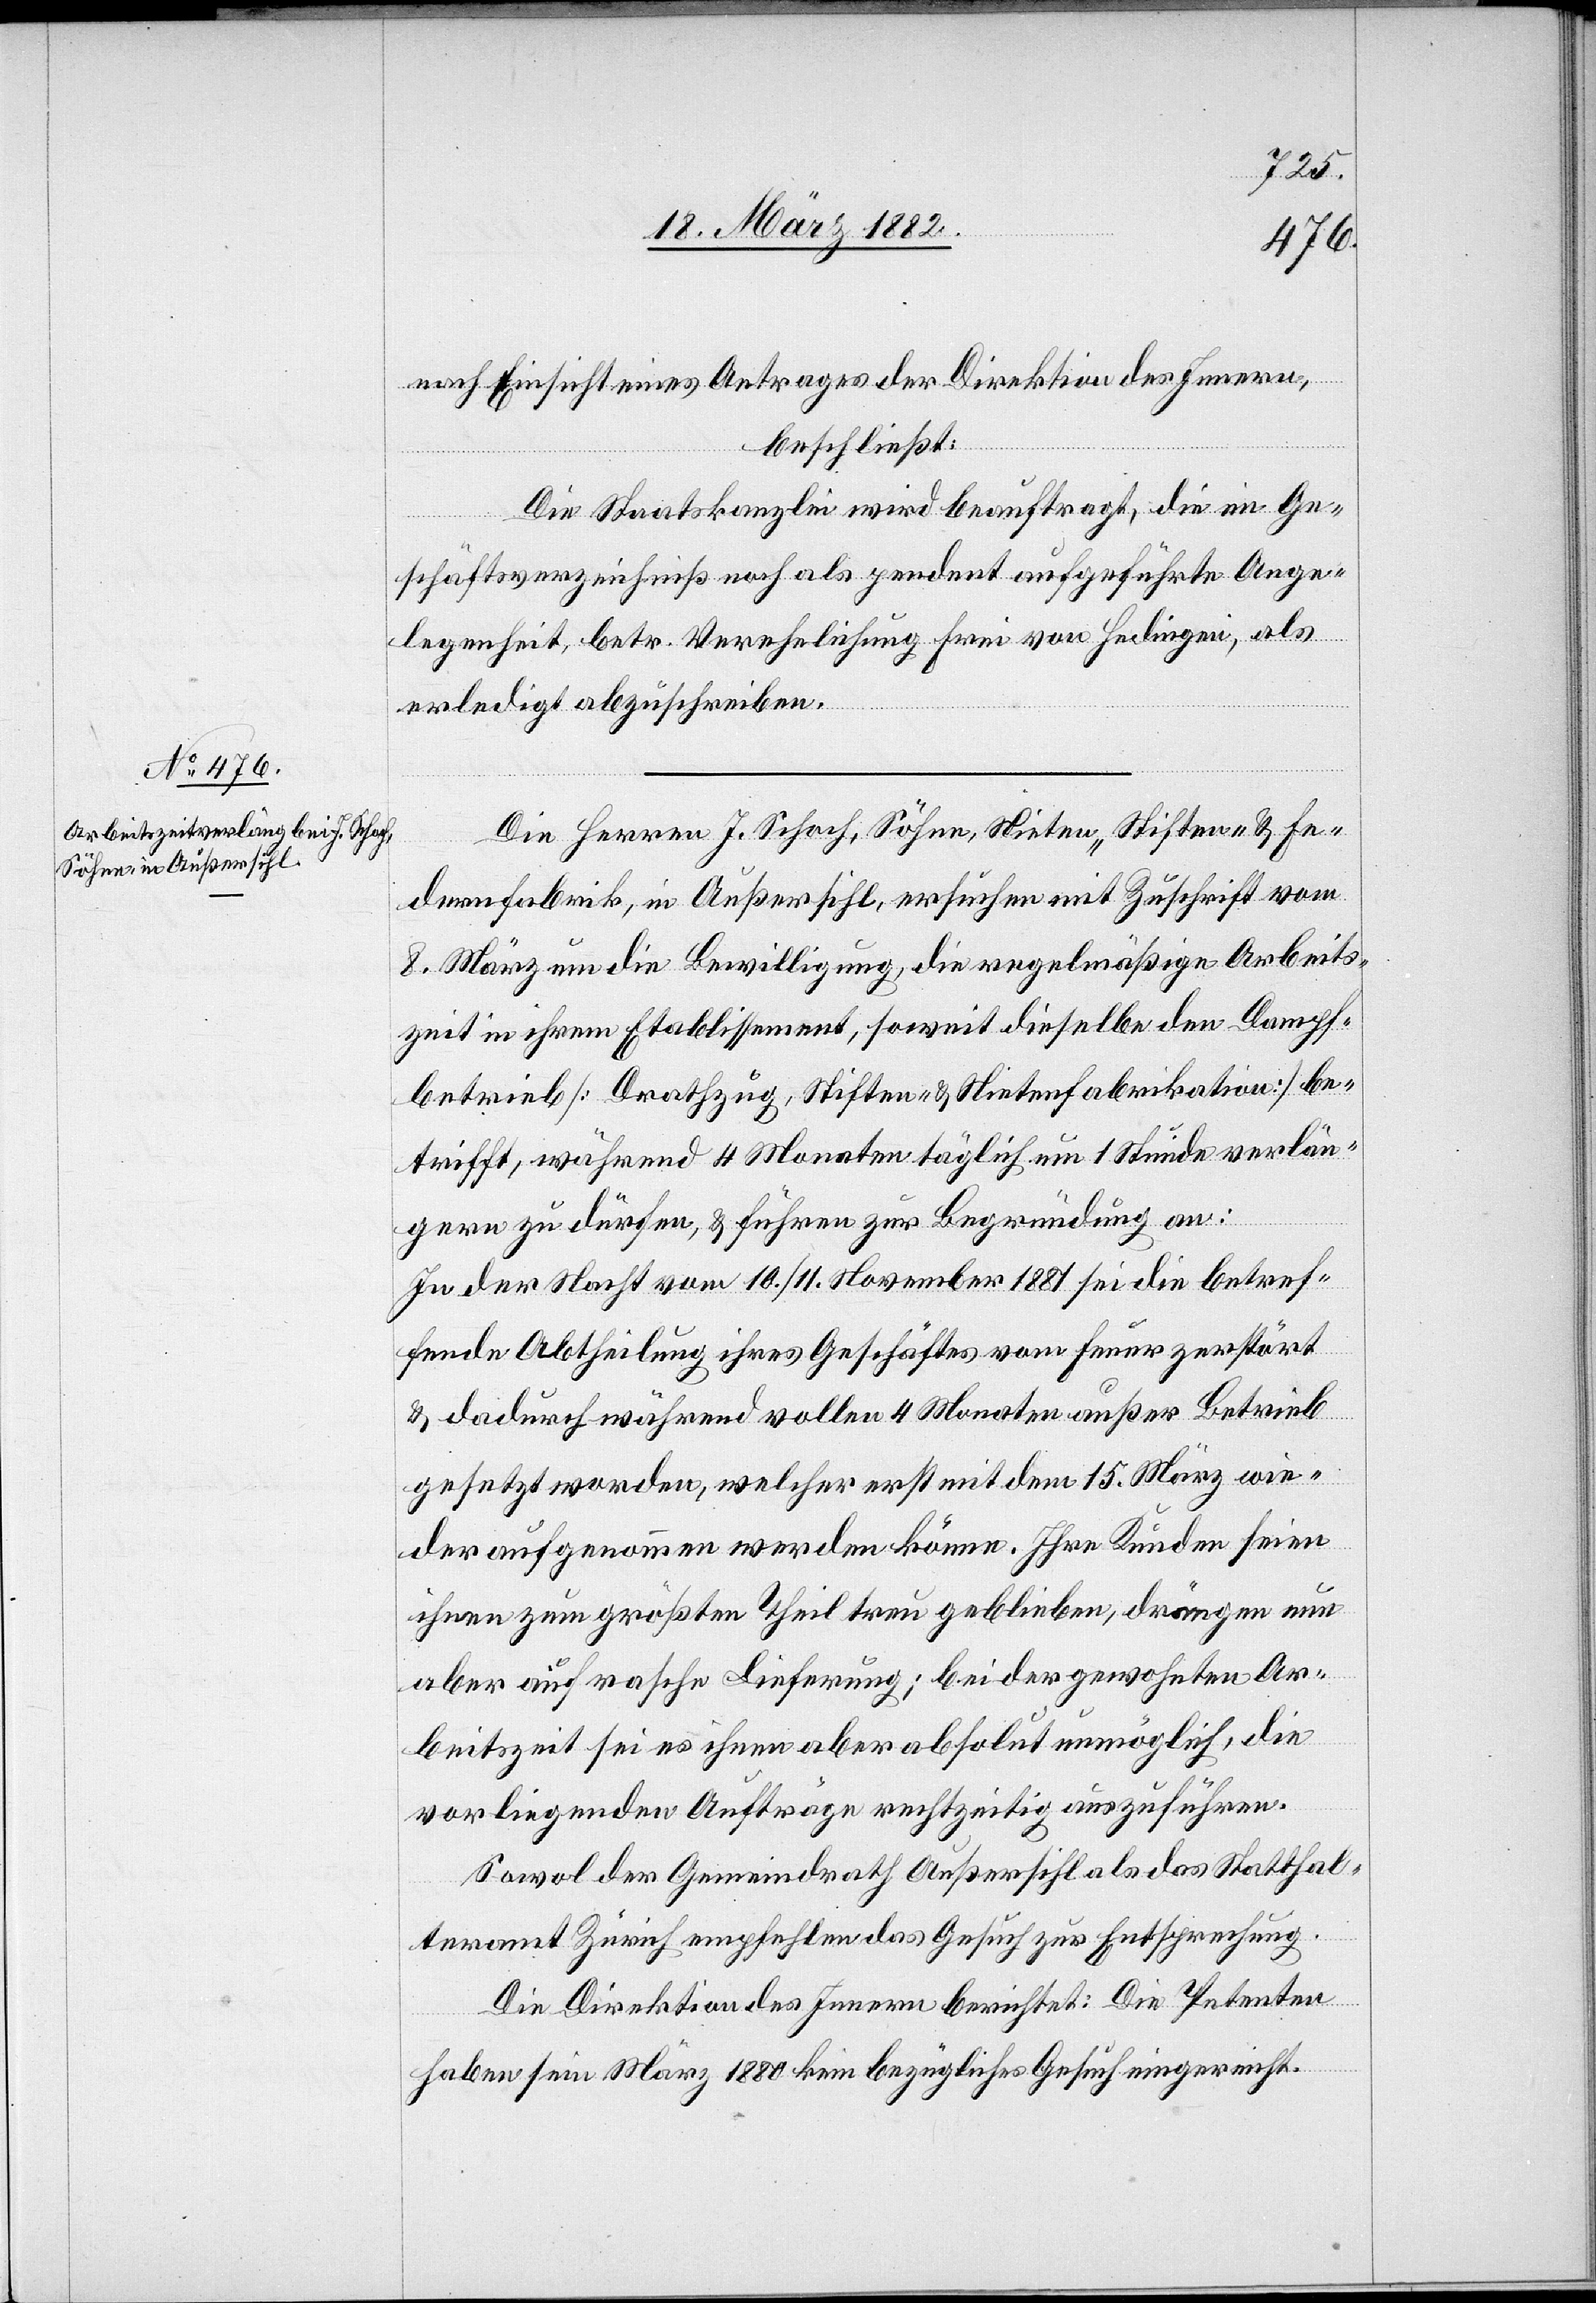
nach Einsicht eines Antrages der Direktion des Innern,
beschließt:
Die Staatskanzlei wird beauftragt, die im Ge¬
schäftsverzeichniß noch als pendent aufgeführte Ange¬
legenheit betr. Verehelichung Frei von Hedingen, als
erledigt abzuschreiben.
Die Herren J. Schoch, Söhne, Nieten- Stiften- & Fe¬
dernfabrik, in Außersihl, ersuchen mit Zuschrift vom
8. März um die Bewilligung, die regelmäßige Arbeits¬
zeit in ihrem Etablissement, soweit dieselbe den Dampf¬
betrieb [Drathzug, Stiften- & Nietenfabrikation] be¬
trifft, während 4 Monaten täglich um 1 Stunde verlän¬
gern zu dürfen, & führen zur Begründung an:
In der Nacht vom 10./11. November 1881 sei die betref¬
fende Abtheilung ihres Geschäftes vom Feuer zerstört
& dadurch während vollen 4 Monaten außer Betrieb
gesetzt worden, welcher erst mit dem 15. März wie¬
der aufgenommen werden könne. Ihre Kunden seien
ihnen zum größten Theil treu geblieben, drängen nun
aber auf rasche Lieferung; bei der gewohnten Ar¬
beitszeit sei es ihnen aber absolut unmöglich, die
vorliegenden Aufträge rechtzeitig auszuführen.
Sowol der Gemeindrath Außersihl als das Statthal¬
teramt Zürich empfehlen das Gesuch zur Entsprechung.
Die Direktion des Innern berichtet: Die Petenten
[recte: seit] März 1880 kein bezügliches Gesuch eingereicht.